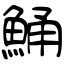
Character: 鯒